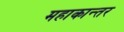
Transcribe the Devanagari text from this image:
महाकान्तर